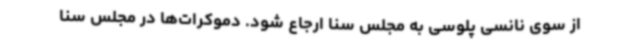
از سوی نانسی پلوسی به مجلس سنا ارجاع شود. دموکرات‌ها در مجلس سنا